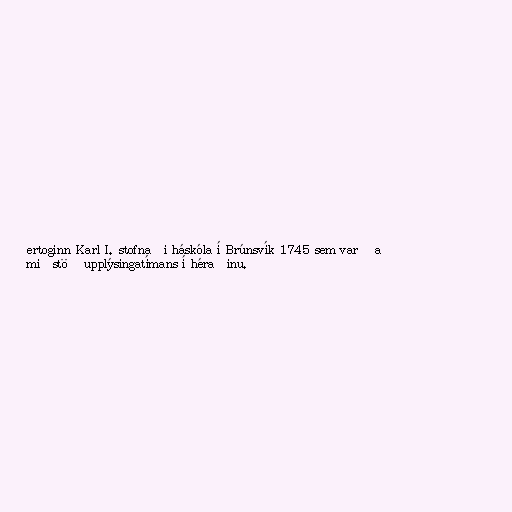
ertoginn Karl I. stofnaði háskóla í Brúnsvík 1745 sem varð að
miðstöð upplýsingatímans í héraðinu.